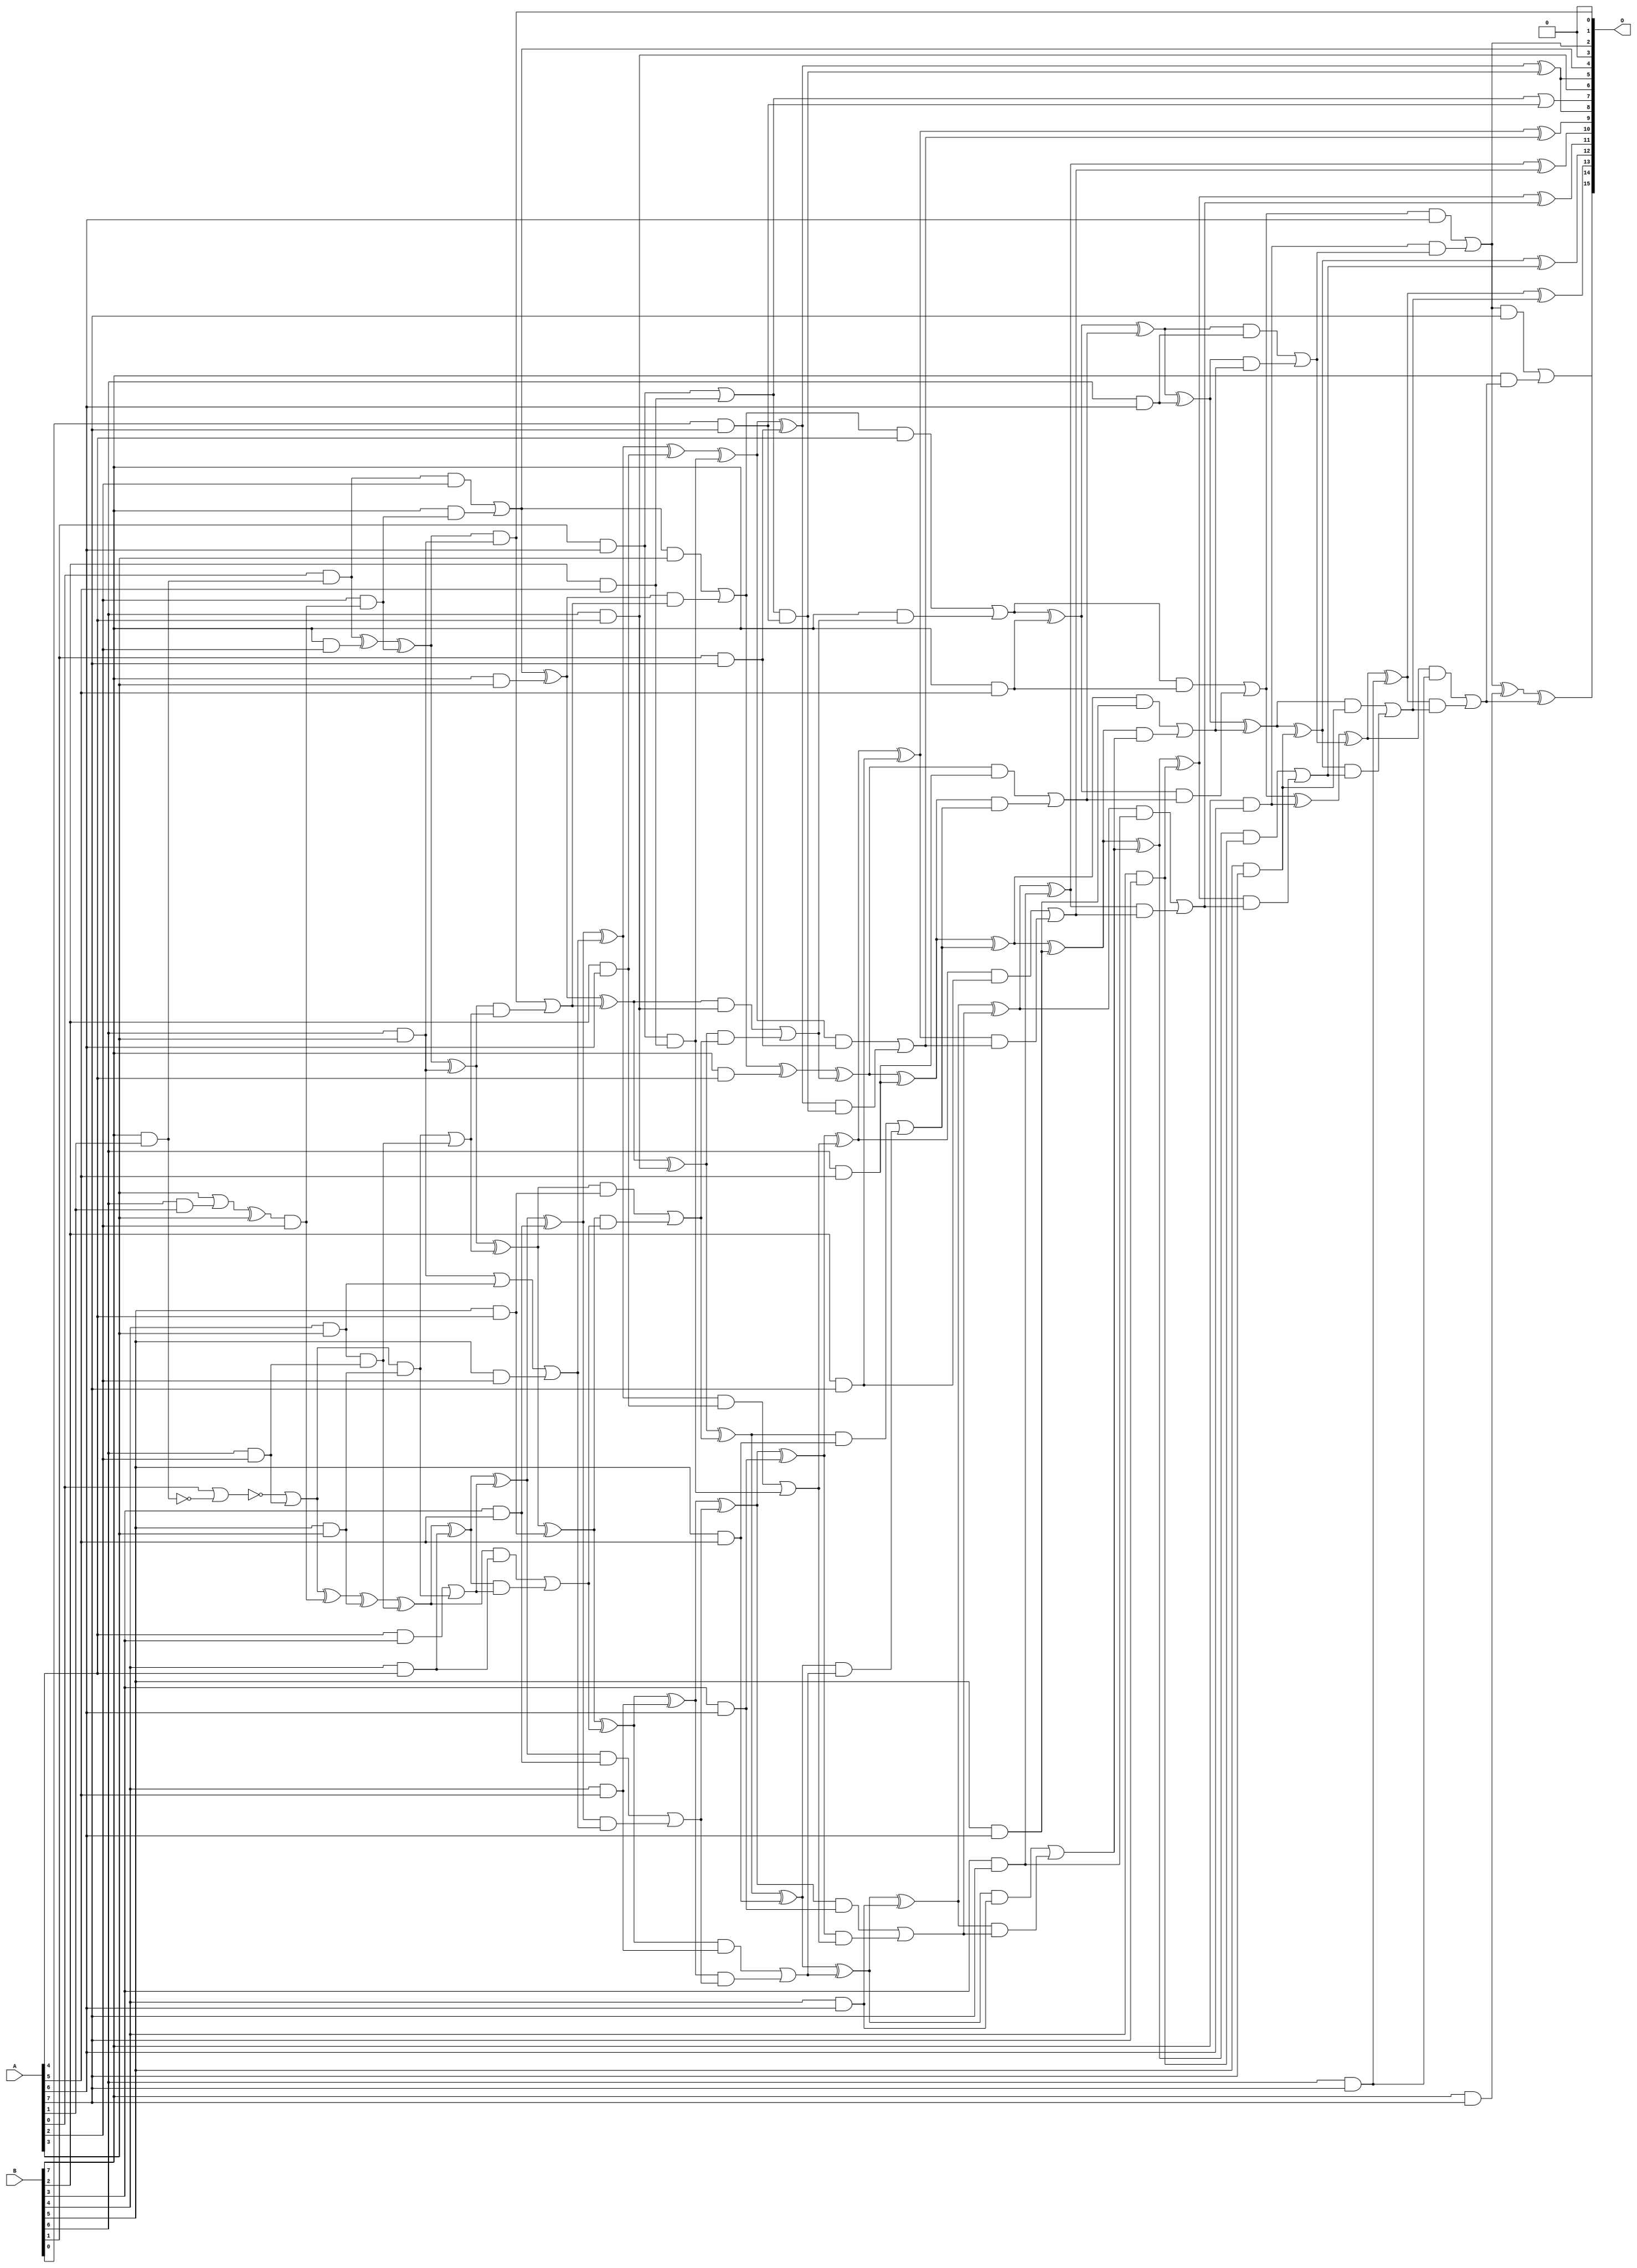
/***
* This code is a part of EvoApproxLib library (ehw.fit.vutbr.cz/approxlib) distributed under The MIT License.
* When used, please cite the following article(s): V. Mrazek, R. Hrbacek, Z. Vasicek and L. Sekanina, "EvoApprox8b: Library of approximate adders and multipliers for circuit design and benchmarking of approximation methods". Design, Automation & Test in Europe Conference & Exhibition (DATE), 2017, Lausanne, 2017, pp. 258-261. doi: 10.23919/DATE.2017.7926993 
* This file contains a circuit from a sub-set of pareto optimal circuits with respect to the pwr and mae parameters
***/
// MAE% = 0.18 %
// MAE = 119 
// WCE% = 0.79 %
// WCE = 518 
// WCRE% = 125.00 %
// EP% = 98.05 %
// MRE% = 4.16 %
// MSE = 22286 
// PDK45_PWR = 0.206 mW
// PDK45_AREA = 427.5 um2
// PDK45_DELAY = 1.41 ns

module mul8u_185Q (
    A,
    B,
    O
);

input [7:0] A;
input [7:0] B;
output [15:0] O;

wire sig_17,sig_30,sig_39,sig_59,sig_62,sig_63,sig_72,sig_73,sig_81,sig_98,sig_100,sig_101,sig_104,sig_106,sig_107,sig_108,sig_109,sig_110,sig_115,sig_116;
wire sig_117,sig_118,sig_136,sig_141,sig_142,sig_143,sig_144,sig_145,sig_146,sig_147,sig_148,sig_149,sig_150,sig_151,sig_152,sig_153,sig_154,sig_155,sig_160,sig_161;
wire sig_162,sig_163,sig_167,sig_177,sig_179,sig_180,sig_181,sig_182,sig_183,sig_184,sig_185,sig_186,sig_187,sig_188,sig_189,sig_190,sig_191,sig_192,sig_193,sig_194;
wire sig_195,sig_196,sig_197,sig_198,sig_199,sig_200,sig_202,sig_204,sig_205,sig_206,sig_207,sig_208,sig_221,sig_222,sig_223,sig_224,sig_225,sig_226,sig_227,sig_228;
wire sig_229,sig_230,sig_231,sig_232,sig_233,sig_234,sig_235,sig_236,sig_237,sig_238,sig_239,sig_240,sig_241,sig_242,sig_243,sig_244,sig_245,sig_247,sig_248,sig_249;
wire sig_250,sig_251,sig_252,sig_253,sig_259,sig_260,sig_261,sig_262,sig_264,sig_265,sig_266,sig_267,sig_268,sig_269,sig_270,sig_271,sig_272,sig_273,sig_274,sig_275;
wire sig_276,sig_277,sig_278,sig_279,sig_280,sig_281,sig_282,sig_283,sig_284,sig_285,sig_286,sig_287,sig_288,sig_289,sig_290,sig_291,sig_292,sig_293,sig_294,sig_295;
wire sig_296,sig_297,sig_298,sig_299,sig_300,sig_301,sig_302,sig_303,sig_304,sig_305,sig_306,sig_307,sig_308,sig_309,sig_310,sig_311,sig_312,sig_313,sig_314,sig_315;
wire sig_316,sig_317,sig_318,sig_319,sig_320,sig_321,sig_322,sig_323,sig_324,sig_325,sig_326,sig_327,sig_328,sig_329,sig_330,sig_331,sig_332,sig_333,sig_334,sig_335;

assign sig_17 = B[7] & A[1];
assign sig_30 = B[6] & A[1];
assign sig_39 = ~sig_17;
assign sig_59 = A[3] | sig_30;
assign sig_62 = sig_59 ^ A[3];
assign sig_63 = A[0] & sig_17;
assign sig_72 = B[6] & A[2];
assign sig_73 = B[7] & A[2];
assign sig_81 = ~(A[0] | sig_39);
assign sig_98 = sig_62 & A[2];
assign sig_100 = A[2] & sig_98;
assign sig_101 = sig_81 | sig_72;
assign sig_104 = sig_101 ^ sig_98;
assign sig_106 = sig_63 ^ sig_73;
assign sig_107 = sig_63 & A[2];
assign sig_108 = B[7] & sig_100;
assign sig_109 = sig_106 ^ sig_100;
assign sig_110 = sig_107 | sig_108;
assign sig_115 = B[4] & A[3];
assign sig_116 = B[5] & A[3];
assign sig_117 = B[6] & A[3];
assign sig_118 = B[7] & A[3];
assign sig_136 = sig_117 | sig_115;
assign sig_141 = sig_104 ^ sig_116;
assign sig_142 = sig_101 & sig_116;
assign sig_143 = sig_115 & sig_72;
assign sig_144 = sig_141 ^ sig_143;
assign sig_145 = sig_142 | sig_143;
assign sig_146 = sig_109 ^ sig_117;
assign sig_147 = sig_109 & sig_117;
assign sig_148 = sig_146 & sig_145;
assign sig_149 = sig_146 ^ sig_145;
assign sig_150 = sig_147 | sig_148;
assign sig_151 = sig_110 ^ sig_118;
assign sig_152 = sig_110 & A[3];
assign sig_153 = sig_151 & sig_150;
assign sig_154 = sig_151 ^ sig_150;
assign sig_155 = sig_152 | sig_153;
assign sig_160 = B[4] & A[4];
assign sig_161 = B[5] & A[4];
assign sig_162 = B[6] & A[4];
assign sig_163 = B[7] & A[4];
assign sig_167 = B[5] & A[2];
assign sig_177 = A[4] & B[3];
assign sig_179 = sig_136 | sig_167;
assign sig_180 = sig_177 | sig_142;
assign sig_181 = sig_144 ^ sig_160;
assign sig_182 = sig_144 & sig_160;
assign sig_183 = sig_181 & sig_180;
assign sig_184 = sig_181 ^ sig_180;
assign sig_185 = sig_182 | sig_183;
assign sig_186 = sig_149 ^ sig_161;
assign sig_187 = sig_149 & sig_161;
assign sig_188 = sig_186 & sig_185;
assign sig_189 = sig_186 ^ sig_185;
assign sig_190 = sig_187 | sig_188;
assign sig_191 = sig_154 ^ sig_162;
assign sig_192 = sig_154 & sig_162;
assign sig_193 = sig_191 & sig_190;
assign sig_194 = sig_191 ^ sig_190;
assign sig_195 = sig_192 | sig_193;
assign sig_196 = sig_155 ^ sig_163;
assign sig_197 = sig_155 & A[4];
assign sig_198 = B[7] & sig_195;
assign sig_199 = sig_196 ^ sig_195;
assign sig_200 = sig_197 | sig_198;
assign sig_202 = B[2] & A[5];
assign sig_204 = B[3] & A[5];
assign sig_205 = B[4] & A[5];
assign sig_206 = B[5] & A[5];
assign sig_207 = B[6] & A[5];
assign sig_208 = B[7] & A[5];
assign sig_221 = sig_184 ^ sig_204;
assign sig_222 = sig_184 & sig_204;
assign sig_223 = sig_221 & sig_179;
assign sig_224 = sig_221 ^ sig_179;
assign sig_225 = sig_222 | sig_223;
assign sig_226 = sig_189 ^ sig_205;
assign sig_227 = sig_189 & sig_205;
assign sig_228 = sig_226 & sig_225;
assign sig_229 = sig_226 ^ sig_225;
assign sig_230 = sig_227 | sig_228;
assign sig_231 = sig_194 ^ sig_206;
assign sig_232 = sig_194 & sig_206;
assign sig_233 = sig_231 & sig_230;
assign sig_234 = sig_231 ^ sig_230;
assign sig_235 = sig_232 | sig_233;
assign sig_236 = sig_199 ^ sig_207;
assign sig_237 = sig_199 & sig_207;
assign sig_238 = sig_236 & sig_235;
assign sig_239 = sig_236 ^ sig_235;
assign sig_240 = sig_237 | sig_238;
assign sig_241 = sig_200 ^ sig_208;
assign sig_242 = sig_200 & sig_208;
assign sig_243 = sig_241 & sig_240;
assign sig_244 = sig_241 ^ sig_240;
assign sig_245 = sig_242 | sig_243;
assign sig_247 = B[1] & A[6];
assign sig_248 = B[2] & A[6];
assign sig_249 = B[3] & A[6];
assign sig_250 = B[4] & A[6];
assign sig_251 = B[5] & A[6];
assign sig_252 = B[6] & A[6];
assign sig_253 = B[7] & A[6];
assign sig_259 = sig_247 | sig_202;
assign sig_260 = sig_247 & sig_202;
assign sig_261 = sig_224 ^ sig_248;
assign sig_262 = sig_224 & sig_248;
assign sig_264 = sig_261 ^ sig_260;
assign sig_265 = sig_262 | sig_260;
assign sig_266 = sig_229 ^ sig_249;
assign sig_267 = sig_229 & sig_249;
assign sig_268 = sig_266 & sig_265;
assign sig_269 = sig_266 ^ sig_265;
assign sig_270 = sig_267 | sig_268;
assign sig_271 = sig_234 ^ sig_250;
assign sig_272 = sig_234 & sig_250;
assign sig_273 = sig_271 & sig_270;
assign sig_274 = sig_271 ^ sig_270;
assign sig_275 = sig_272 | sig_273;
assign sig_276 = sig_239 ^ sig_251;
assign sig_277 = sig_239 & sig_251;
assign sig_278 = sig_276 & sig_275;
assign sig_279 = sig_276 ^ sig_275;
assign sig_280 = sig_277 | sig_278;
assign sig_281 = sig_244 ^ sig_252;
assign sig_282 = sig_244 & sig_252;
assign sig_283 = sig_281 & sig_280;
assign sig_284 = sig_281 ^ sig_280;
assign sig_285 = sig_282 | sig_283;
assign sig_286 = sig_245 ^ sig_253;
assign sig_287 = sig_245 & A[6];
assign sig_288 = sig_253 & sig_285;
assign sig_289 = sig_286 ^ sig_285;
assign sig_290 = sig_287 | sig_288;
assign sig_291 = B[0] & A[7];
assign sig_292 = B[1] & A[7];
assign sig_293 = B[2] & A[7];
assign sig_294 = B[3] & A[7];
assign sig_295 = B[4] & A[7];
assign sig_296 = B[5] & A[7];
assign sig_297 = B[6] & A[7];
assign sig_298 = B[7] & A[7];
assign sig_299 = sig_259 | sig_291;
assign sig_300 = sig_259 & sig_291;
assign sig_301 = sig_264 ^ sig_292;
assign sig_302 = sig_264 & sig_292;
assign sig_303 = sig_301 & sig_300;
assign sig_304 = sig_301 ^ sig_300;
assign sig_305 = sig_302 | sig_303;
assign sig_306 = sig_269 ^ sig_293;
assign sig_307 = sig_269 & sig_293;
assign sig_308 = sig_306 & sig_305;
assign sig_309 = sig_306 ^ sig_305;
assign sig_310 = sig_307 | sig_308;
assign sig_311 = sig_274 ^ sig_294;
assign sig_312 = sig_274 & sig_294;
assign sig_313 = sig_311 & sig_310;
assign sig_314 = sig_311 ^ sig_310;
assign sig_315 = sig_312 | sig_313;
assign sig_316 = sig_279 ^ sig_295;
assign sig_317 = sig_279 & sig_295;
assign sig_318 = sig_316 & sig_315;
assign sig_319 = sig_316 ^ sig_315;
assign sig_320 = sig_317 | sig_318;
assign sig_321 = sig_284 ^ sig_296;
assign sig_322 = sig_284 & sig_296;
assign sig_323 = sig_321 & sig_320;
assign sig_324 = sig_321 ^ sig_320;
assign sig_325 = sig_322 | sig_323;
assign sig_326 = sig_289 ^ sig_297;
assign sig_327 = sig_289 & sig_297;
assign sig_328 = sig_326 & sig_325;
assign sig_329 = sig_326 ^ sig_325;
assign sig_330 = sig_327 | sig_328;
assign sig_331 = sig_290 ^ sig_298;
assign sig_332 = sig_290 & A[7];
assign sig_333 = B[7] & sig_330;
assign sig_334 = sig_331 ^ sig_330;
assign sig_335 = sig_332 | sig_333;

assign O[15] = sig_335;
assign O[14] = sig_334;
assign O[13] = sig_329;
assign O[12] = sig_324;
assign O[11] = sig_319;
assign O[10] = sig_314;
assign O[9] = sig_309;
assign O[8] = sig_304;
assign O[7] = sig_299;
assign O[6] = sig_162;
assign O[5] = sig_304;
assign O[4] = sig_110;
assign O[3] = 1'b0;
assign O[2] = sig_290;
assign O[1] = sig_147;
assign O[0] = 1'b0;

endmodule